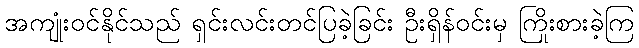
အကျုံးဝင်နိုင်သည် ရှင်းလင်းတင်ပြခဲ့ခြင်း ဦးရှိန်ဝင်းမှ ကြိုးစားခဲ့ကြ